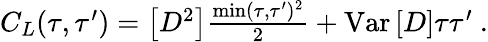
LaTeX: \begin{array}{r}{C_{L}(\tau,\tau^{\prime})=\left[D^{2}\right]\frac{\operatorname*{min}(\tau,\tau^{\prime})^{2}}{2}+\mathrm{Var}\left[D\right]\tau\tau^{\prime}\ .}\end{array}